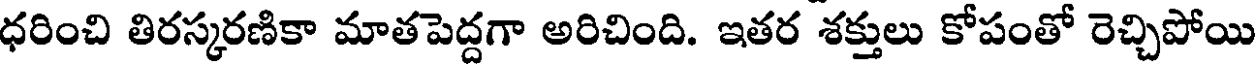
ధరించి తిరస్కరణికా మాతపెద్దగా అరిచింది. ఇతర శక్తులు కోపంతో రెచ్చిపోయి